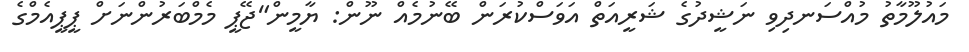
މައުލޫމާތު މުއްސަނދިވި ނަޝީދުގެ ޝަރީއަތް އަވަސްކުރަން ބޭނުމެއް ނޫން: ޔާމީން"ޖޭޕީ މެމްބަރުންނަށް ޕީޕީއެމްގެ